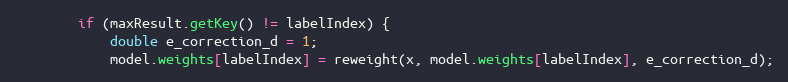
Language: Java
        if (maxResult.getKey() != labelIndex) {
            double e_correction_d = 1;
            model.weights[labelIndex] = reweight(x, model.weights[labelIndex], e_correction_d);